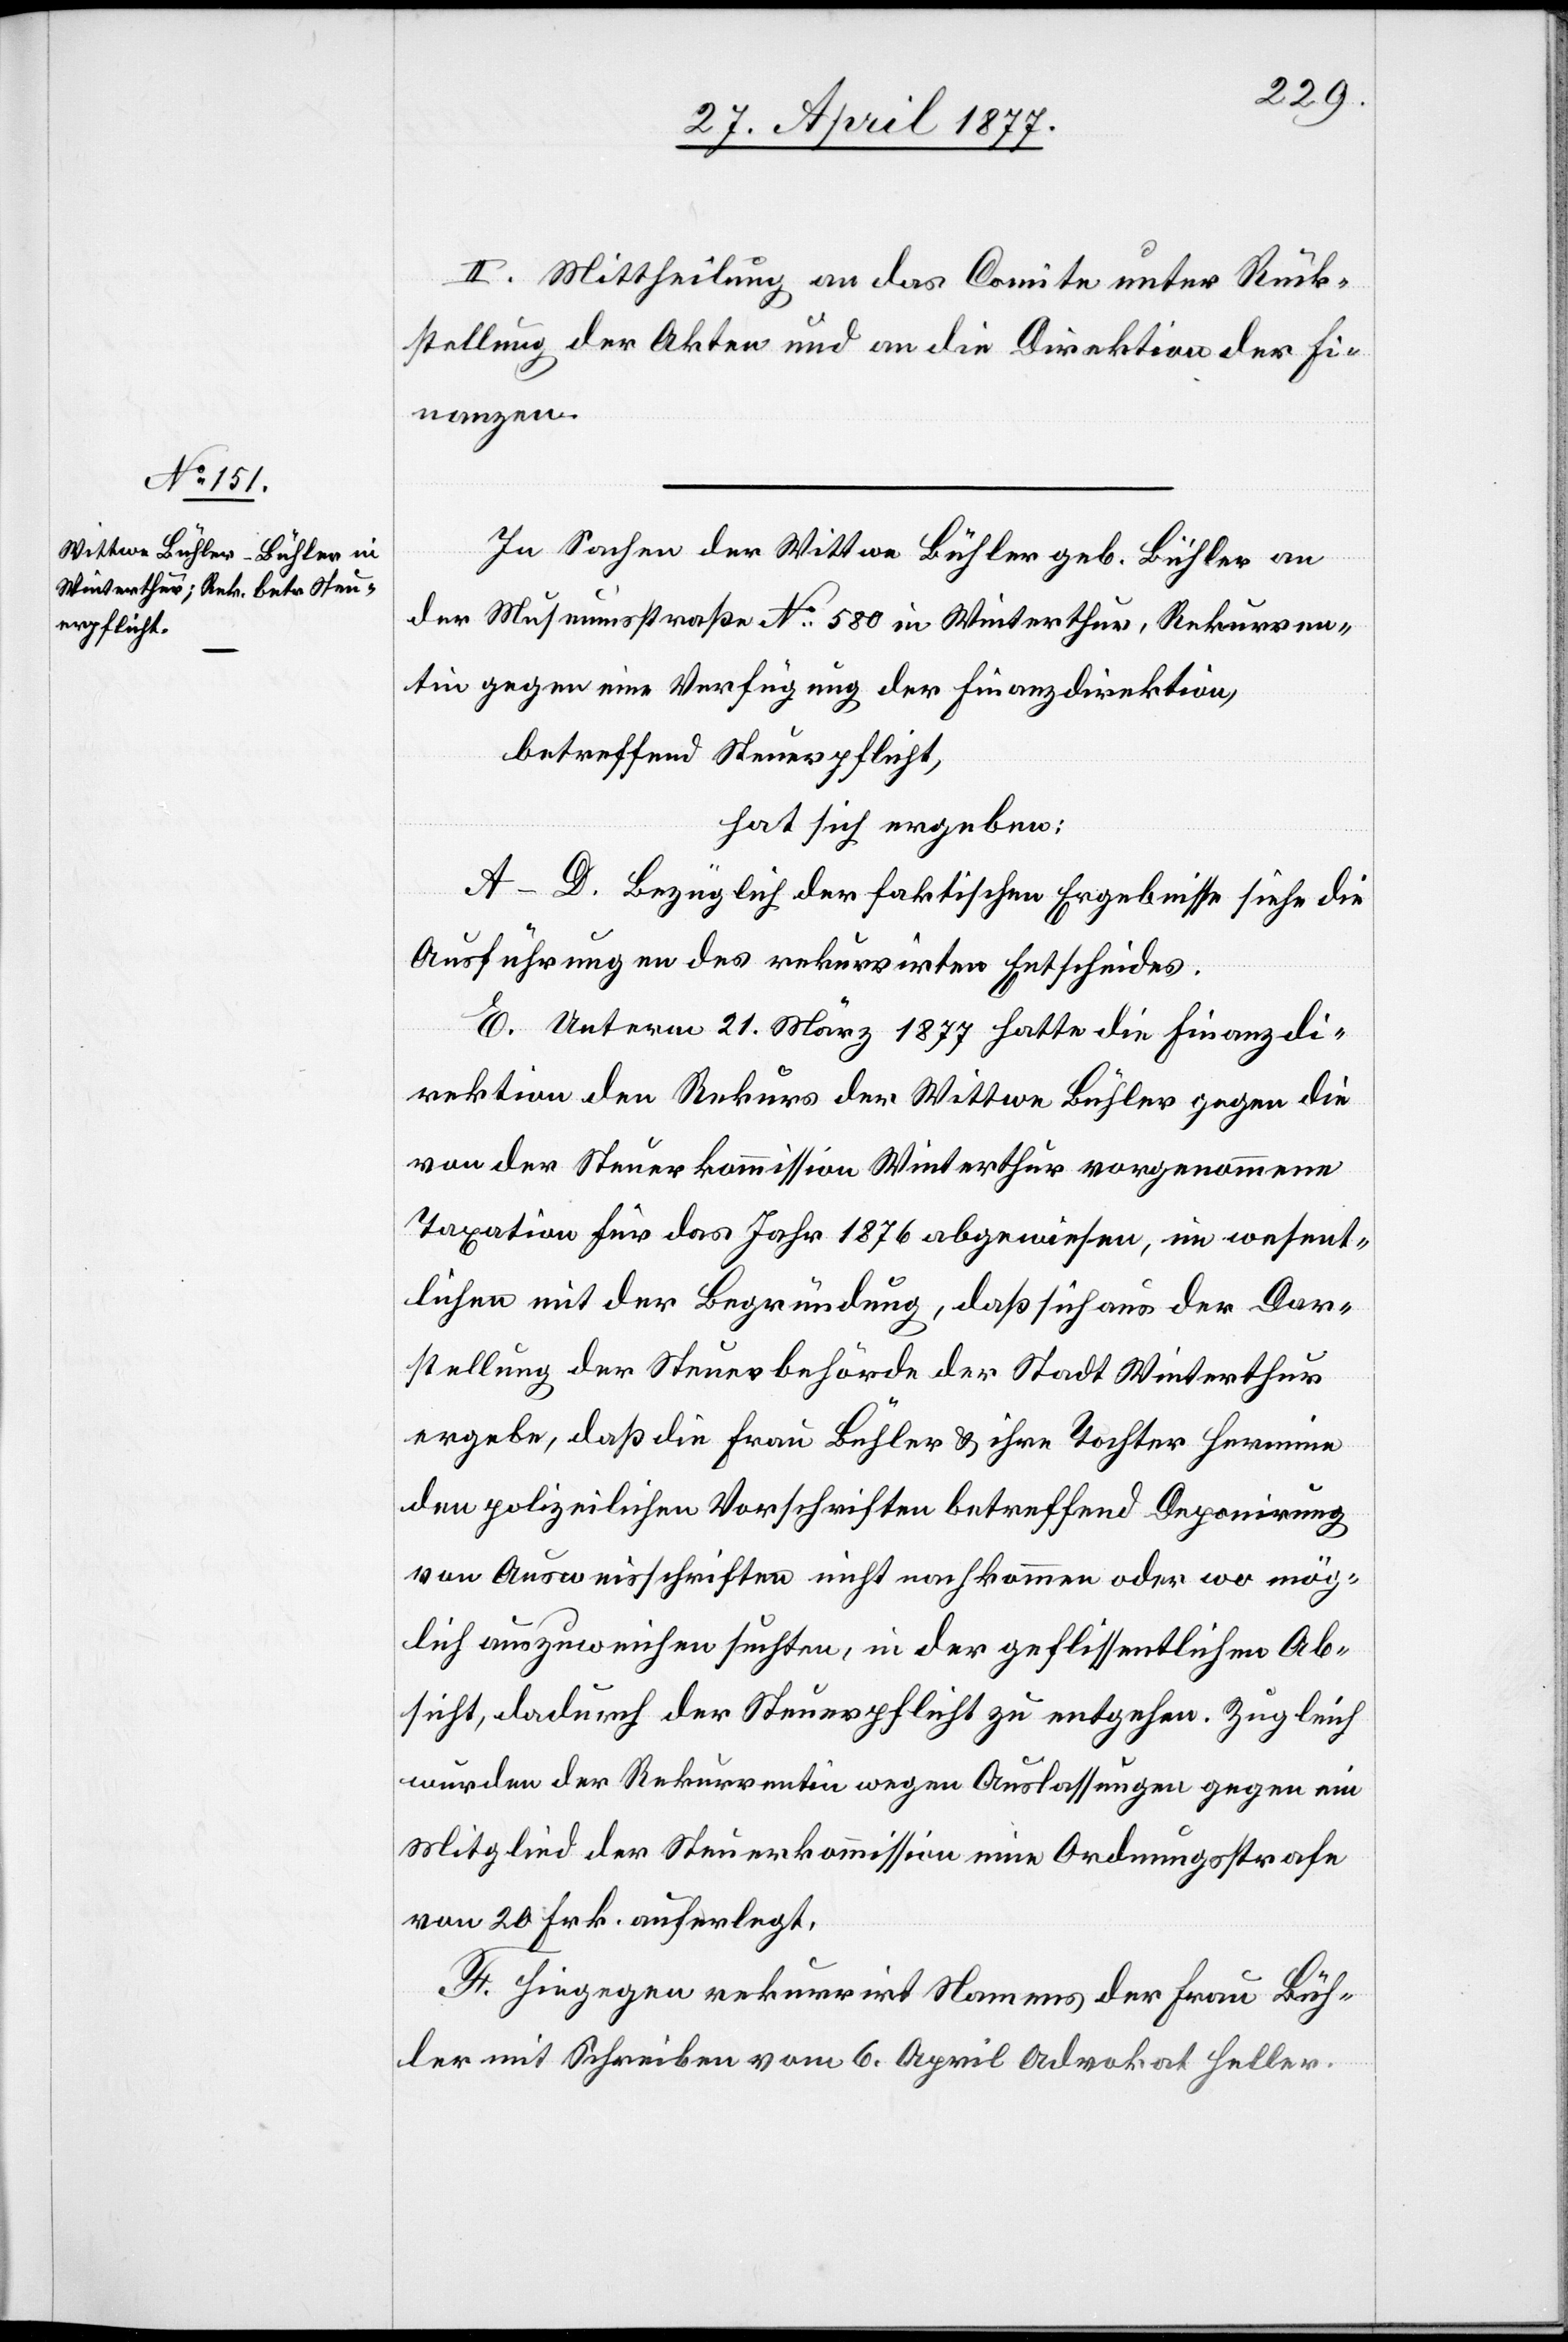
II. Mittheilung an das Comite unter Rück¬
stellung der Akten und an die Direktion der Fi¬
nanzen.
In Sachen der Wittwe Bühler geb. Bühler an
der Museumsstraße No 580 in Winterthur, Rekurren¬
tin gegen eine Verfügung der Finanzdirektion,
betreffend Steuerpflicht,
hat sich ergeben:
A–D. Bezüglich der faktischen Ergebnisse siehe die
Ausführungen des rekurrirten Entscheides.
E. Unterm 21. März 1877 hatte die Finanzdi¬
rektion den Rekurs der Wittwe Bühler gegen die
von der Steuerkommission Winterthur vorgenommene
Taxation für das Jahr 1876 abgewiesen, im wesent¬
lichen mit der Begründung, daß sich aus der Dar¬
stellung der Steuerbehörde der Stadt Winterthur
ergebe, daß die Frau Bühler & ihre Tochter Hermine
den polizeilichen Vorschriften betreffend Deponirung
von Ausweisschriften nicht nachgekommen oder wo mög¬
lich auszuweichen suchten, in der geflissentlichen Ab¬
sicht, dadurch der Steuerpflicht zu entgehen. Zugleich
Mitglied der Steuerkommission eine Ordnungsstrafe
von 20 Frk. auferlegt.
F. Hiegegen rekurrirt Namens der Frau Büh¬
ler mit Schreiben vom 6. April Advokat Heller.